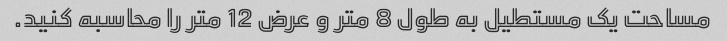
مساحت یک مستطیل به طول 8 متر و عرض 12 متر را محاسبه کنید.